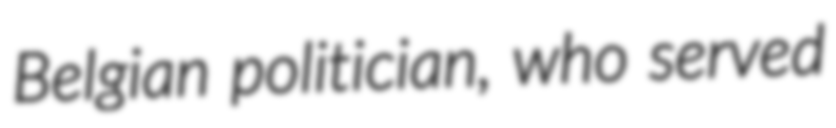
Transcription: Belgian politician, who served